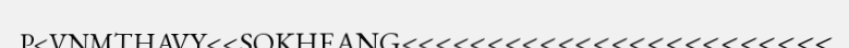
P<VNMTHAVY<<SOKHEANG<<<<<<<<<<<<<<<<<<<<<<<<